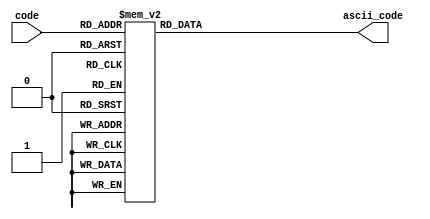
`timescale 1ns / 1ps

module ascii_coder(code, ascii_code);

input [3:0] code;
output reg [7:0] ascii_code;

always @(*) begin
	case (code)
		4'h0: ascii_code <= 8'h30;
		4'h1: ascii_code <= 8'h31;
		4'h2: ascii_code <= 8'h32;
		4'h3: ascii_code <= 8'h33;
		4'h4: ascii_code <= 8'h34;
		4'h5: ascii_code <= 8'h35;
		4'h6: ascii_code <= 8'h36;
		4'h7: ascii_code <= 8'h37;
		4'h8: ascii_code <= 8'h38;
		4'h9: ascii_code <= 8'h39;
		4'ha: ascii_code <= 8'h41;
		4'hb: ascii_code <= 8'h42;
		4'hc: ascii_code <= 8'h43;
		4'hd: ascii_code <= 8'h44;
		4'he: ascii_code <= 8'h45;
		4'hf: ascii_code <= 8'h46;
	endcase
end

endmodule